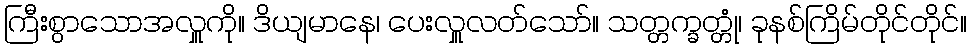
ကြီးစွာသောအလှူကို။ ဒိယျမာနေ၊ ပေးလှူလတ်သော်။ သတ္တက္ခတ္တုံ၊ ခုနစ်ကြိမ်တိုင်တိုင်။